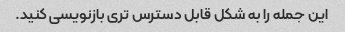
این جمله را به شکل قابل دسترس تری بازنویسی کنید.